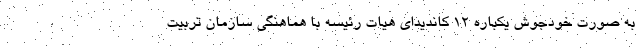
به صورت خودجوش یکباره 12 کاندیدای هیات رئیسه با هماهنگی سازمان تربیت